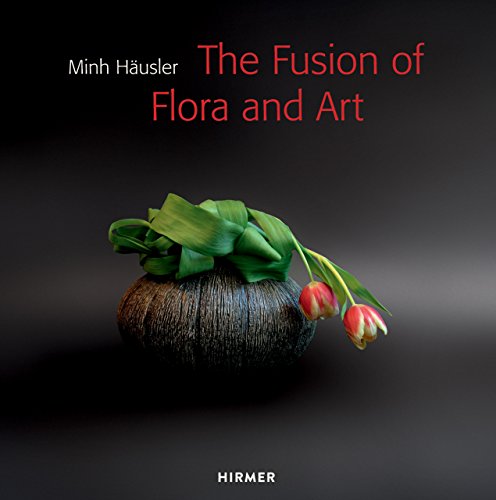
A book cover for Minh HÃ¤usler: The Fusion of Flora and Art (English and German Edition); Minh HÃ¤usler; Arts & Photography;